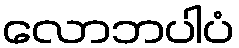
လောဘပါပံ